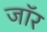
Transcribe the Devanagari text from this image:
जॉर